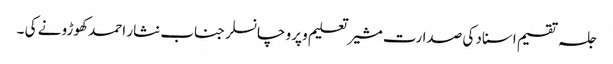
جلسہ تقسیم اسناد کی صدارت مشیر تعلیم و پرو چانسلر جناب نثار احمد کھوڑو نے کی ۔